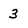
Character: 3